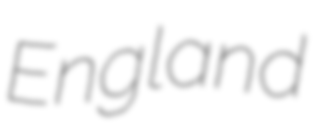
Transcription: England